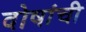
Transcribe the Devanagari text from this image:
दोषांची